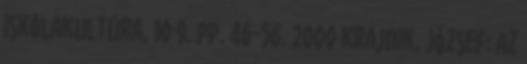
Iskolakultúra, 10 9. pp. 46-56. 2000 Krajnik, József: Az